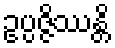
ဥပ္ပဇ္ဇိဿန္တိ